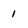
Character: 1